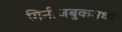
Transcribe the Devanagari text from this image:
गिनीजबुकमध्ये